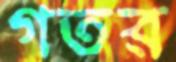
গতর